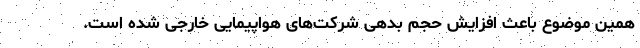
همین موضوع باعث افزایش حجم بدهی شرکت‌های هواپیمایی خارجی شده است.